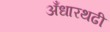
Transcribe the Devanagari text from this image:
अँधारथढी